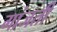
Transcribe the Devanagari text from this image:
गांजती